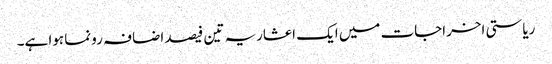
ریاستی اخراجات میں ایک اعشاریہ تین فیصد اضافہ رونما ہوا ہے۔